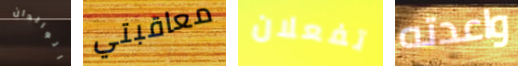
الوالدان معاقبتي تفعلان واعدته